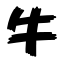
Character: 牛